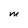
Character: M